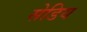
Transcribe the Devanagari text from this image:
सेडिय